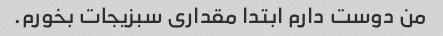
من دوست دارم ابتدا مقداری سبزیجات بخورم.